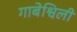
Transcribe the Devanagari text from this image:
गाबेश्विली